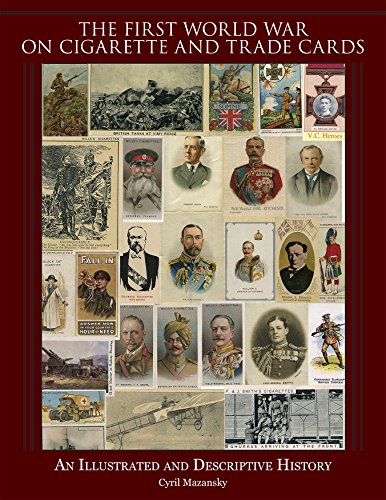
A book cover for The First World War on Cigarette and Trade Cards: An Illustrated and Descriptive History; Cyril Mazansky; Crafts, Hobbies & Home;